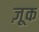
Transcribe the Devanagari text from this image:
ज़ूक